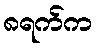
၈ရက်က